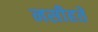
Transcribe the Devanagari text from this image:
नसीहतें